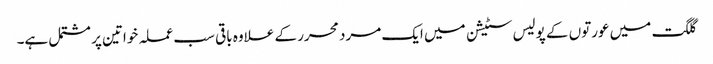
گلگت میں عورتوں کے پولیس سٹیشن میں ایک مرد محرر کے علاوہ باقی سب عملہ خواتین پر مشتمل ہے۔